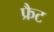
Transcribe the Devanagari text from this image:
फ्रैट